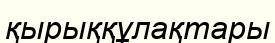
қырыққұлақтары